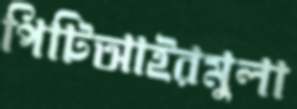
পিটিআইরমুলা